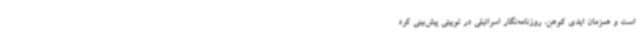
است و همزمان ایدی کوهن، روزنامه‌نگار اسرائیلی در توییتی پیش‌بینی کرد